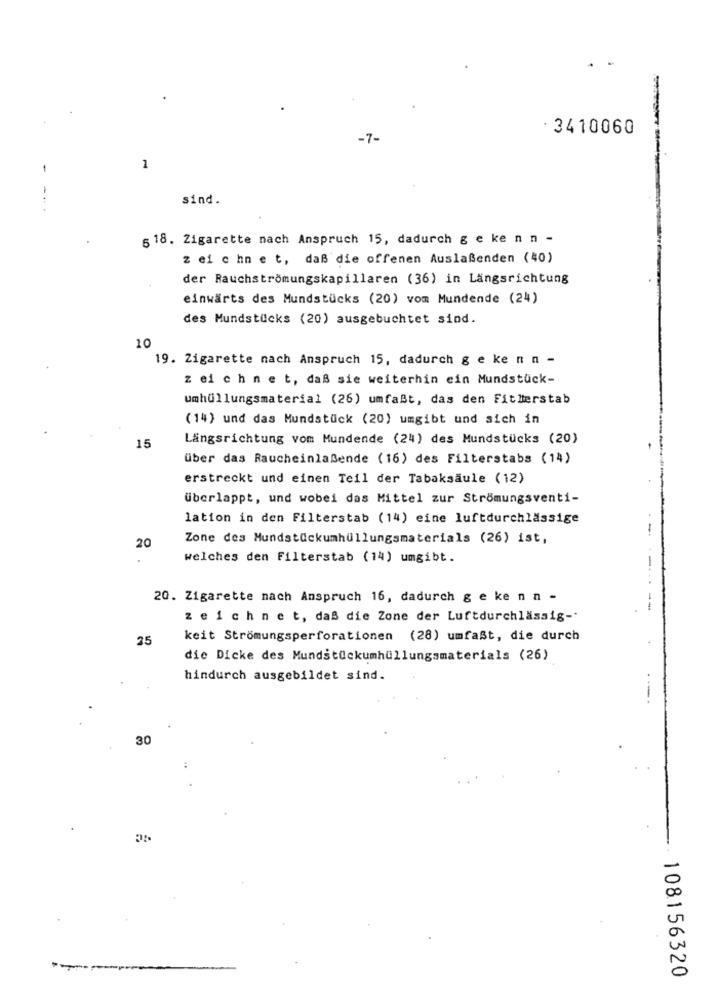
· 3410060
-7-
-
1
sind.
6 18. Zigarette nach Anspruch 15, dadurch g e ke n n -
z ei c hn e t, daß die offenen Auslaßenden (40)
der Rauchströmungskapillaren (36) in Längsrichtung
einwärts des Mundstücks (20) vom Mundende (24)
des Mundstücks (20) ausgebuchtet sind.
10
19. Zigarette nach Anspruch 15, dadurch g e ke nn -
z ei ch net, daß sie weiterhin ein Mundstück-
umhüllungsmaterial (26) umfaßt, das den Fitlerstab
(14) und das Mundstück (20) umgibt und sich in
Längsrichtung vom Mundende (24) des Mundstücks (20)
15
über das Raucheinlaßende (16) des Filterstabs (14)
erstreckt und einen Teil der Tabaksäule (12)
überlappt, und wobei das Mittel zur Strömungsventi-
lation in den Filterstab (14) eine luftdurchlässige
Zone des Mundstückumhüllungsmaterials (26) ist,
20
welches den Filterstab (14) umgibt.
20. Zigarette nach Anspruch 16, dadurch g e ke nn -
--
zeichnet, daß die Zone der Luftdurchlässig -*
25
keit Strömungsperforationen (28) umfaßt, die durch
die Dicke des Mundstückumhüllungsmaterials (26)
hindurch ausgebildet sind.
30
108156320